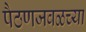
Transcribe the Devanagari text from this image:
पैठणजवळच्या